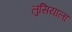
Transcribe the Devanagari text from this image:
लुसियाला